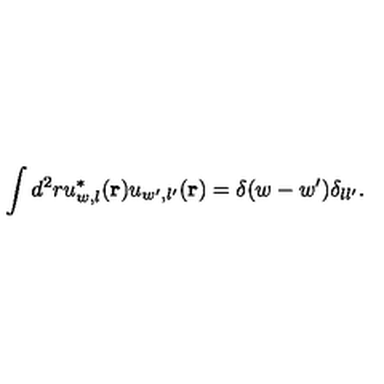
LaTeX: \displaystyle \int d ^ { 2 } r u _ { w , l } ^ { * } ( { \bf r } ) u _ { w ^ { \prime } , l ^ { \prime } } ( { \bf r } ) = \delta ( w - w ^ { \prime } ) \delta _ { l l ^ { \prime } } .